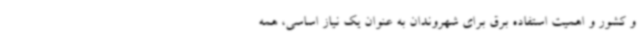
و کشور و اهمیت استفاده برق برای شهروندان به عنوان یک نیاز اساسی، همه